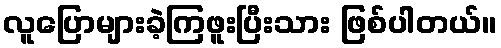
လူပြောများခဲ့ကြဖူးပြီးသား ဖြစ်ပါတယ်။